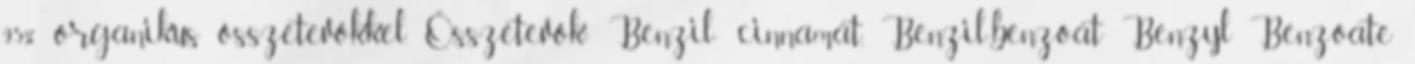
95% organikus összetevőkkel. Összetevők: Benzil- cinnamát, Benzil-benzoát Benzyl Benzoate